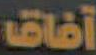
آفاق